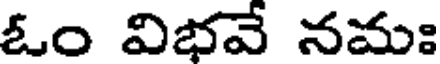
ఓం విభవే నమః